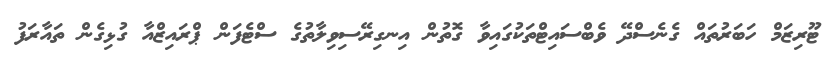
ޓޫރިޒަމް ހަބަރުތައް ގެނެސްދޭ ވެބްސައިޓްތަކުގައިވާ ގޮތުން އިނގިރޭސިވިލާތުގެ ސްޓެފަން ޕްރައިޒްއާ ގުޅިގެން ތައާރަފު